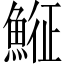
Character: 𩸵